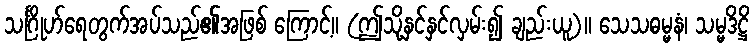
သင်္ဂြိုဟ်ရေတွက်အပ်သည်၏အဖြစ် ကြောင့်။ (ဤသို့နှင်နှင်လှမ်း၍ ချည်းယူ)။ သေသဓမ္မနံ၊ သမ္မဒိဋ္ဌိ